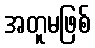
အတူမဖြစ်